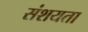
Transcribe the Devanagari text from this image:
संशयता